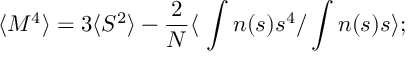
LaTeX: \langle M ^ { 4 } \rangle = 3 \langle { \cal { S } } ^ { 2 } \rangle - { \frac { 2 } { N } } \langle \ \int n ( s ) s ^ { 4 } / \int n ( s ) s \rangle ;